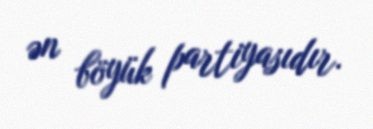
ən böyük partiyasıdır.